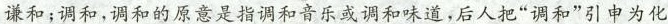
谦和；调和，调和的原意是指调和音乐或调和味道，后人把”调和”引申为化